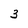
Character: 3